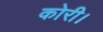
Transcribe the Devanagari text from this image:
कोरी।